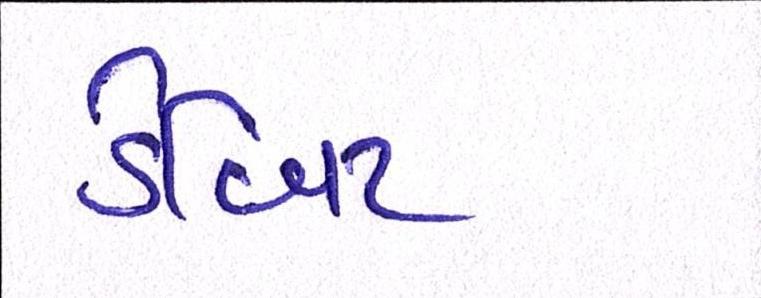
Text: ડેબિટ